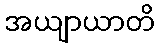
အယျာယာတိ